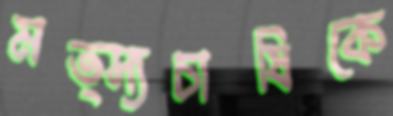
মত্স্যচাষিকে